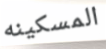
المسكينه